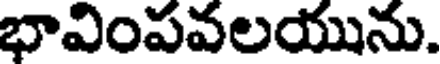
భావింపవలయును.